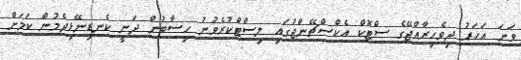
ވަނަ އަހަރު ދިވެހިރާއްޖޭގެ ސްޓޮކް އެކްސްޗޭންޖުގައި ލިސްޓްކުރެވުނު ހިސާބުން ދަނީ ކެނޑިނޭޅިދެމުން ކަމަށް